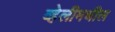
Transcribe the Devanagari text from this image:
व्हेलीमधील